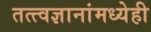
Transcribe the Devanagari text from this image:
तत्त्वज्ञानांमध्येही